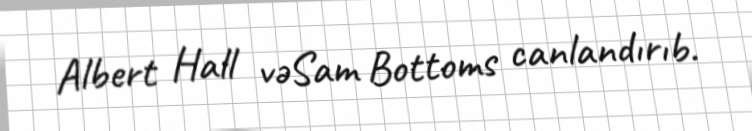
Albert Hall vəSam Bottoms canlandırıb.